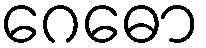
ဂေဓော